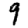
Digit: 9